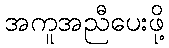
အကူအညီပေးဖို့